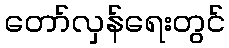
တော်လှန်ရေးတွင်